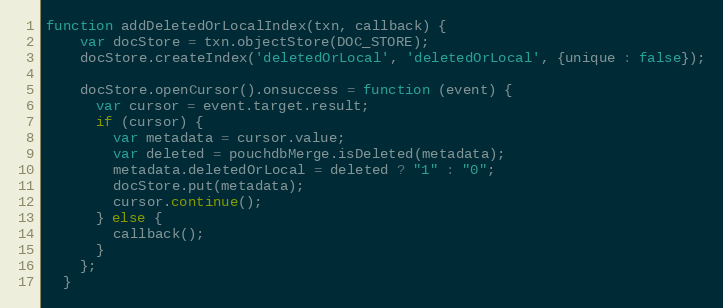
Language: JavaScript
function addDeletedOrLocalIndex(txn, callback) {
    var docStore = txn.objectStore(DOC_STORE);
    docStore.createIndex('deletedOrLocal', 'deletedOrLocal', {unique : false});

    docStore.openCursor().onsuccess = function (event) {
      var cursor = event.target.result;
      if (cursor) {
        var metadata = cursor.value;
        var deleted = pouchdbMerge.isDeleted(metadata);
        metadata.deletedOrLocal = deleted ? "1" : "0";
        docStore.put(metadata);
        cursor.continue();
      } else {
        callback();
      }
    };
  }